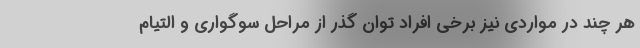
هر چند در مواردی نیز برخی افراد توان گذر از مراحل سوگواری و التیام